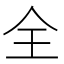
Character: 全